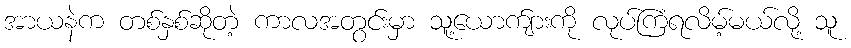
အာယနဲက တစ်နှစ်ဆိုတဲ့ ကာလအတွင်းမှာ သူ့ယောက်ျားကို လုပ်ကြံရလိမ့်မယ်လို့ သူ